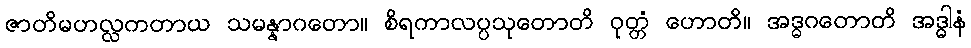
ဇာတိမဟလ္လကတာယ သမန္နာဂတော။ စိရကာလပ္ပသုတောတိ ဝုတ္တံ ဟောတိ။ အဒ္ဓဂတောတိ အဒ္ဓါနံ